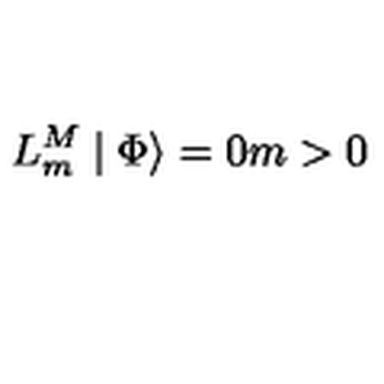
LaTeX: L _ { m } ^ { M } \mid \Phi \rangle = 0 m > 0